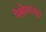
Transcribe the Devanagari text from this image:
नेल्लोरपासून